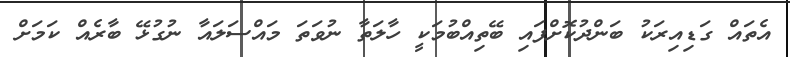
އެތައް ގަޑިއިރަކު ބަންދުކޮށްފައި ބޭތިއްބުމަކީ ހާލަތާ ނުވަތަ މައްސަލައާ ނުގުޅޭ ބާރެއް ކަމަށް